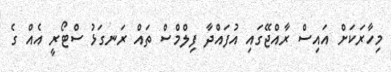
މިހާރަކަށް އައިސް ރާއްޖޭގައި އުފައްދާ ފިލްމްސް ތައް ރަނގަޅު ސްޓޯރީ އެއް ގެ